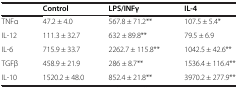
<table><thead><tr><td></td><td><b>Control</b></td><td><b>LPS/INFγ</b></td><td><b>IL-4</b></td></tr></thead><tbody><tr><td>TNFα</td><td>47.2 ± 4.0</td><td>567.8 ± 71.2**</td><td>107.5 ± 5.4*</td></tr><tr><td>IL-12</td><td>111.3 ± 32.7</td><td>632 ± 89.8**</td><td>79.5 ± 6.9</td></tr><tr><td>IL-6</td><td>715.9 ± 33.7</td><td>2262.7 ± 115.8**</td><td>1042.5 ± 42.6**</td></tr><tr><td>TGFβ</td><td>458.9 ± 21.9</td><td>286 ± 8.7**</td><td>1536.4 ± 116.4**</td></tr><tr><td>IL-10</td><td>1520.2 ± 48.0</td><td>852.4 ± 21.8**</td><td>3970.2 ± 277.9**</td></tr></tbody></table>